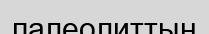
палеолиттың